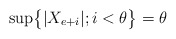
\begin{align*}\sup\bigr\{|X_{e+i}|;i<\theta\bigr\}=\theta\end{align*}